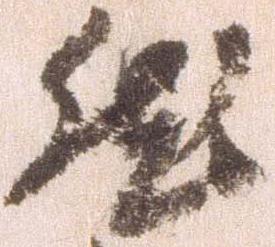
然